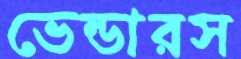
ভেন্ডারস